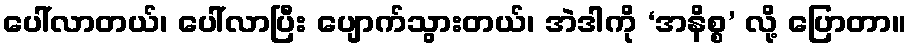
ပေါ်လာတယ်၊ ပေါ်လာပြီး ပျောက်သွားတယ်၊ အဲဒါကို ‘အနိစ္စ’ လို့ ပြောတာ။